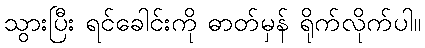
သွားပြီး ရင်ခေါင်းကို ဓာတ်မှန် ရိုက်လိုက်ပါ။